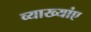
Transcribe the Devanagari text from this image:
व्याख्यांए